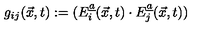
g _ { i j } ( \vec { x } , t ) : = ( E _ { i } \sp { \underline { { a } } } ( \vec { x } , t ) \cdot E _ { j } \sp { \underline { { a } } } ( \vec { x } , t ) )